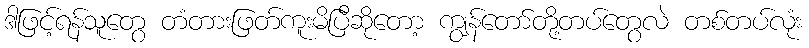
ဒါဖြင့်ရန်သူတွေ တံတားဖြတ်ကူးမိပြီဆိုတော့ ကျွန်တော်တို့တပ်တွေလဲ တစ်တပ်လုံး